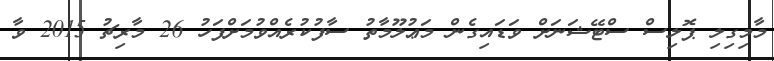
މާމިގިލި ޕޮލިސް ސްޓޭޝަނަށް ވަޑައިގެން މަޢުލޫމާތު ސާފުކުރެއްވުމަށްފަހު 26 މާރިޗު 2015 ވާ